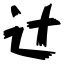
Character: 辻